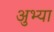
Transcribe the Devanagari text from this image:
अुभ्या